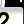
Digit: 2